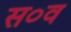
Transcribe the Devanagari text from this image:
स०व